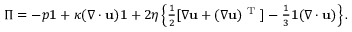
\begin{array} { r } { \boldsymbol { \Pi } = - p \mathbf { 1 } + \kappa ( \nabla \cdot \mathbf { u } ) \mathbf { 1 } + 2 \eta \left\{ \frac { 1 } { 2 } [ \nabla \mathbf { u } + ( \nabla \mathbf { u } ) ^ { \mathrm { ~ T ~ } } ] - \frac { 1 } { 3 } \mathbf { 1 } ( \nabla \cdot \mathbf { u } ) \right\} . } \end{array}